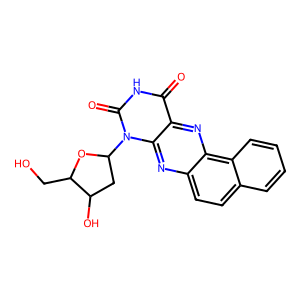
SMILES: O=c1[nH]c(=O)n(C2CC(O)C(CO)O2)c2nc3ccc4ccccc4c3nc12
Inhibits HIV replication: No